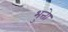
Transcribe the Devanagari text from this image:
भुत्तेा